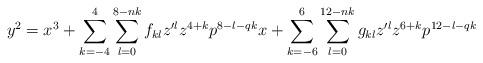
LaTeX: \begin{align*}y^2=x^3+\sum_{k=-4}^{4}\sum_{l=0}^{8-nk}f_{kl}z^{\prime l}z^{4+k}p^{8-l-qk}x+\sum_{k=-6}^{6}\sum_{l=0}^{12-nk}g_{kl}z^{\prime l}z^{6+k}p^{12-l-qk}\end{align*}